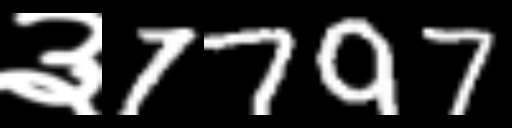
Text: ३7797